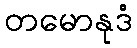
တမောနုဒံ